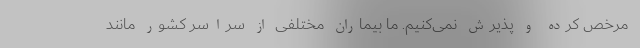
مرخص کرده و پذیرش نمی‌کنیم. ما بیماران مختلفی از سراسر کشور مانند